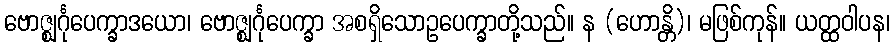
ဗောဇ္ဈင်္ဂုပေက္ခာဒယော၊ ဗောဇ္ဈင်္ဂုပေက္ခာ အစရှိသောဥပေက္ခာတို့သည်။ န (ဟောန္တိ)၊ မဖြစ်ကုန်။ ယတ္ထဝါပန၊